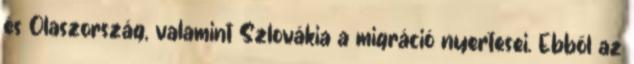
és Olaszország, valamint Szlovákia a migráció nyertesei. Ebből az